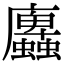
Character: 蠯